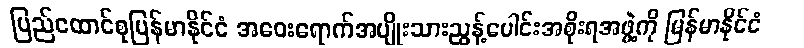
ပြည်ထောင်စုမြန်မာနိုင်ငံ အဝေးရောက်အမျိုးသားညွန့်ပေါင်းအစိုးရအဖွဲ့ကို မြန်မာနိုင်ငံ